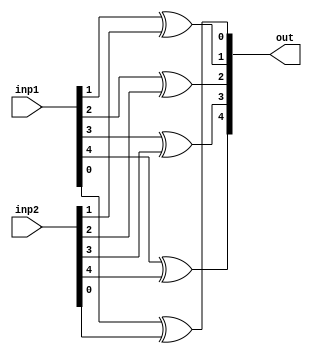
module fiveBitXor(out, inp1, inp2);
	// Input - Output declaration
	input [4:0]inp1, inp2;
	output [4:0]out;
	
	
	// Operation for 5-bit xor gate
	// Using five 1-bit xor gates to create 5-bit xor gate
	xor g1(out[0], inp1[0], inp2[0]);
	xor g2(out[1], inp1[1], inp2[1]);
	xor g3(out[2], inp1[2], inp2[2]);
	xor g4(out[3], inp1[3], inp2[3]);
	xor g5(out[4], inp1[4], inp2[4]);
endmodule